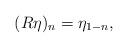
LaTeX: \begin{align*}(R\eta)_n=\eta_{1-n},\end{align*}